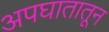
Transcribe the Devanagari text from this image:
अपघातातून